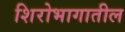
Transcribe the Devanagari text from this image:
शिरोभागातील